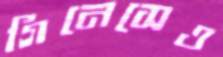
গিনেসেও